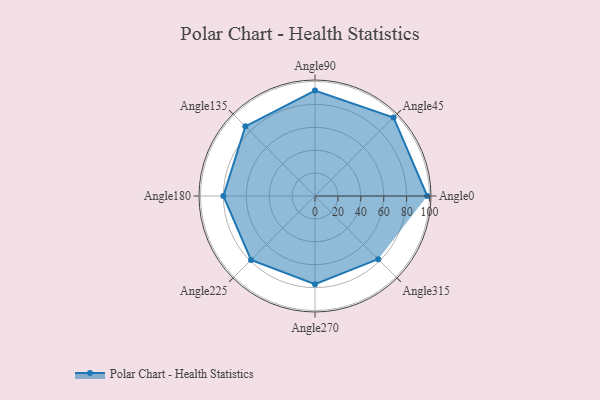
{"axis": {"x": "Angle", "y": "Radius"}, "legend": [""], "data": [{"x": "Angle0", "y": 98.0, "type": ""}, {"x": "Angle45", "y": 97.0, "type": ""}, {"x": "Angle90", "y": 92.0, "type": ""}, {"x": "Angle135", "y": 86.0, "type": ""}, {"x": "Angle180", "y": 80.0, "type": ""}, {"x": "Angle225", "y": 79.0, "type": ""}, {"x": "Angle270", "y": 77.0, "type": ""}, {"x": "Angle315", "y": 78.0, "type": ""}]}